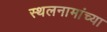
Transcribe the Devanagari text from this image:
स्थलनामांच्या